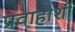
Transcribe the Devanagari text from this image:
प्रवाहाशी